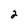
Character: 2